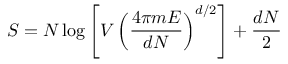
S = N \log \left[ V \left( \frac { 4 \pi m E } { d N } \right) ^ { d / 2 } \right] + \frac { d N } { 2 }